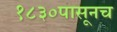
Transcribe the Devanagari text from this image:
१८३०पासूनच